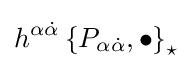
h^{\alpha {\dot {\alpha }}}\left\{P_{\alpha {\dot {\alpha }}},\bullet \right\}_{\star }